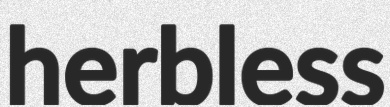
herbless